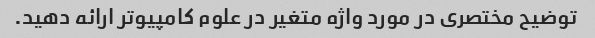
توضیح مختصری در مورد واژه متغیر در علوم کامپیوتر ارائه دهید.